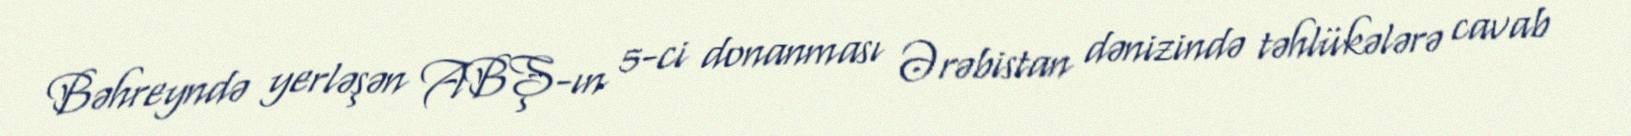
Bəhreyndə yerləşən ABŞ-ın 5-ci donanması Ərəbistan dənizində təhlükələrə cavab